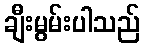
ချီးမွမ်းပါသည်